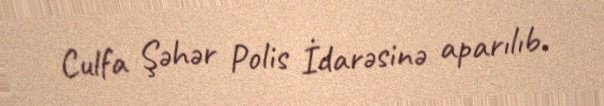
Culfa Şəhər Polis İdarəsinə aparılıb.